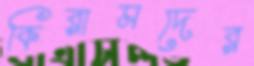
কিরামদের